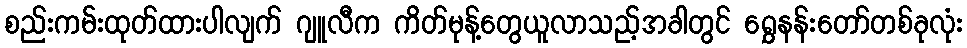
စည်းကမ်းထုတ်ထားပါလျက် ဂျူလီက ကိတ်မုန့်တွေယူလာသည့်အခါတွင် ရွှေနန်းတော်တစ်ခုလုံး